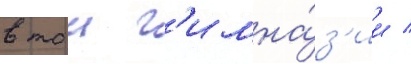
в тои г'имна́з'ии /